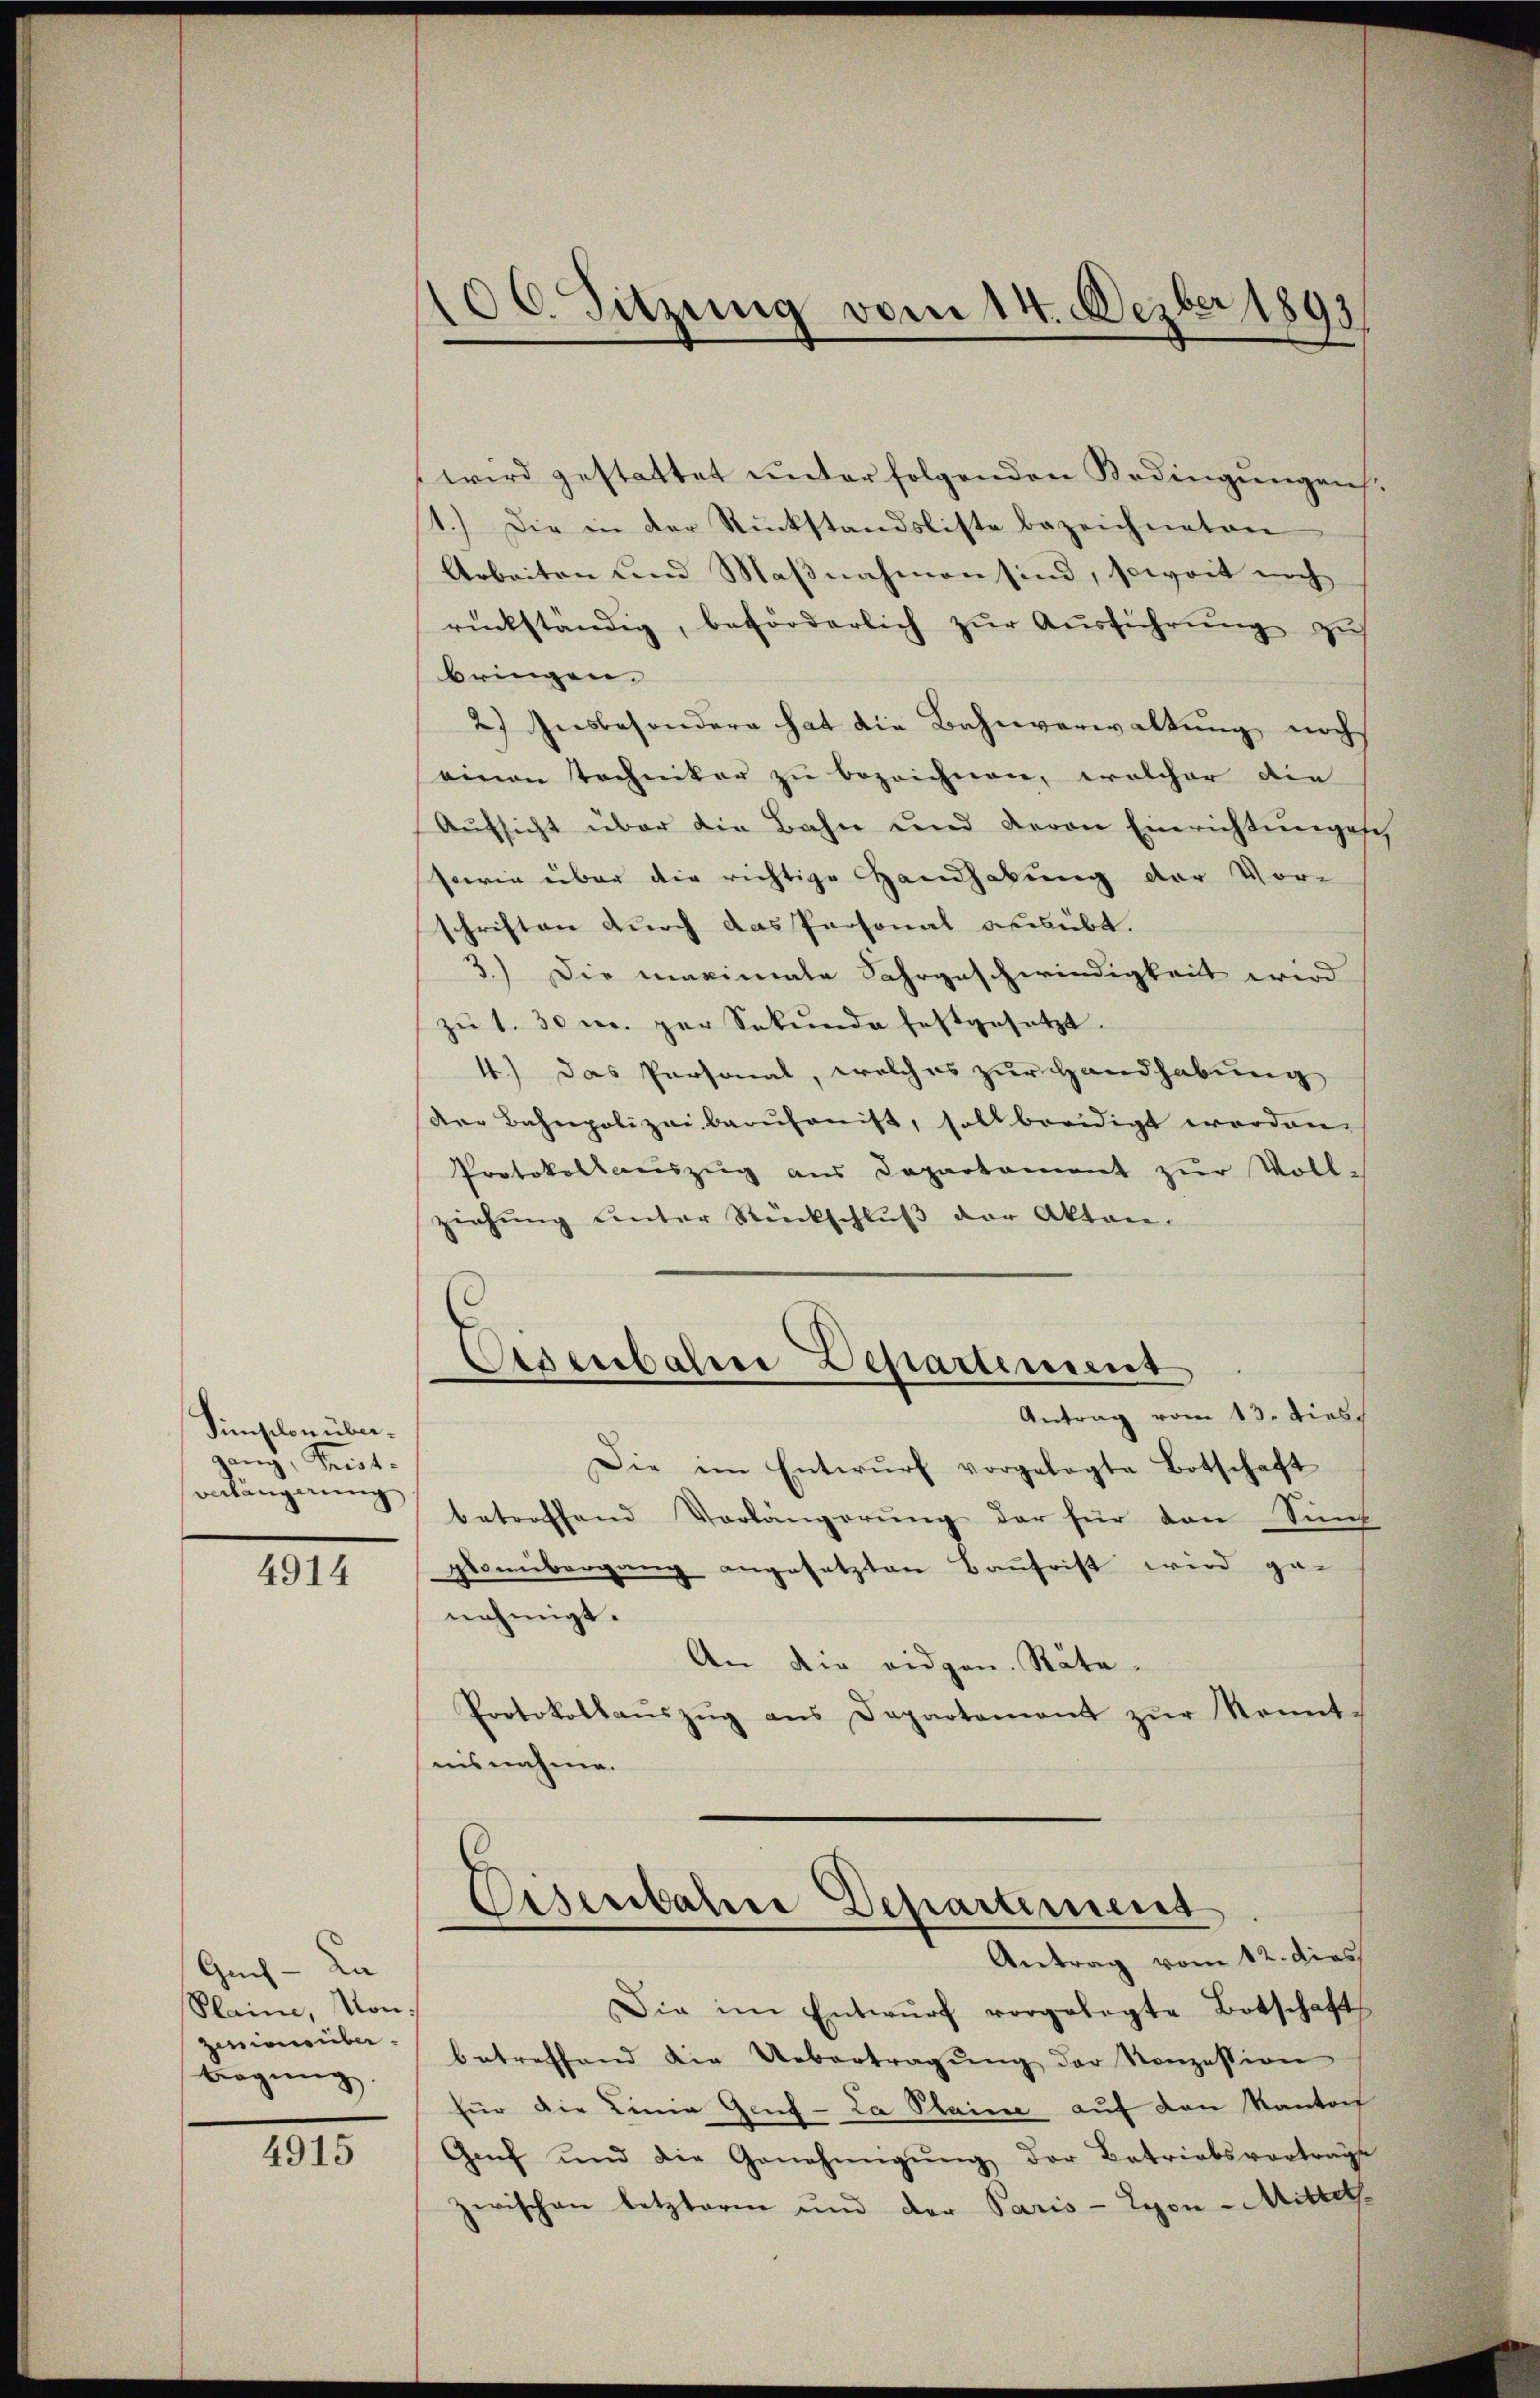
Simplon übergang, Kennt.
Bnlängerung

4914

Guch - Da
Plaine, von:
zinie über.
bregung

4915

100. Sitzung vom 14. Dezber 1893,

wird gestattet unter folgenden Bedingungen
1.) Die in der Rückstandsliste bezeichneten
Arbeiten und Maßnahmen sind, soweit noch
rückständig, beförderlich zŭr Aŭsführŭng zŭ
bringen.
2) Insbesondern hat die Bahnverwaltung noch
einen Techniker zu bezeichnen, welcher die
Aŭfsicht über die Bahn und deron Einrichtŭngese
sowie über die richtige Handhabung der Vorschriften durch das Personal ausübt.
3.) Die maximale Jahrgeschwindigkeit wird
zŭ 1. 30 m. zur Sekunde festgesetzt.
4.) Das Personal, welches zur Handhabung
der Bahnpolizeiberŭfonist, soll beeidigt worden.
Protokollaŭszŭg aŭs Departament zŭr Voll-
ziehŭng ŭnter Rückschlŭβ der Akten.
Eisenbahner Departement
Antrag vom 13. dies
Die im Entwŭrf vorgelegte Botschaft
betroffend Vorlängerŭng der für den Sin
glonübergang angesetzten Baufrist wird ge-
nehmigt.
An Dir eidgen. Räte.
Protokollaŭszŭg ans Departement zŭr Kennt-
nisnahme.
Eisenbahre Departement
Antrag vom 12. dies
Die im Entwŭrf vorgelegte Botschaft
betreffend die Uebertragŭng der Konzession
für die Linie Genf - La Plaine auf den Kanton
Genf und die Genehmigŭng der Betriebsvortrage
zwischen letzteren und der Paris - Lyon-Mittel